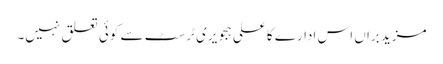
مزید براں اس ادارے کا علی ہجویری ٹرسٹ سے کوئی تعلق نہیں۔